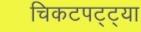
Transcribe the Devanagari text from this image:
चिकटपट्ट्या